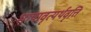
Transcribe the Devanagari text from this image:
भाषावृत्यर्थवृत्ति